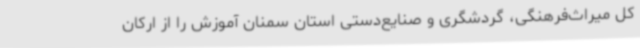
کل میراث‌فرهنگی، گردشگری و صنایع‌دستی استان سمنان آموزش را از ارکان